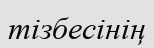
тізбесінің